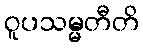
ဝူပသမ္မတီတိ